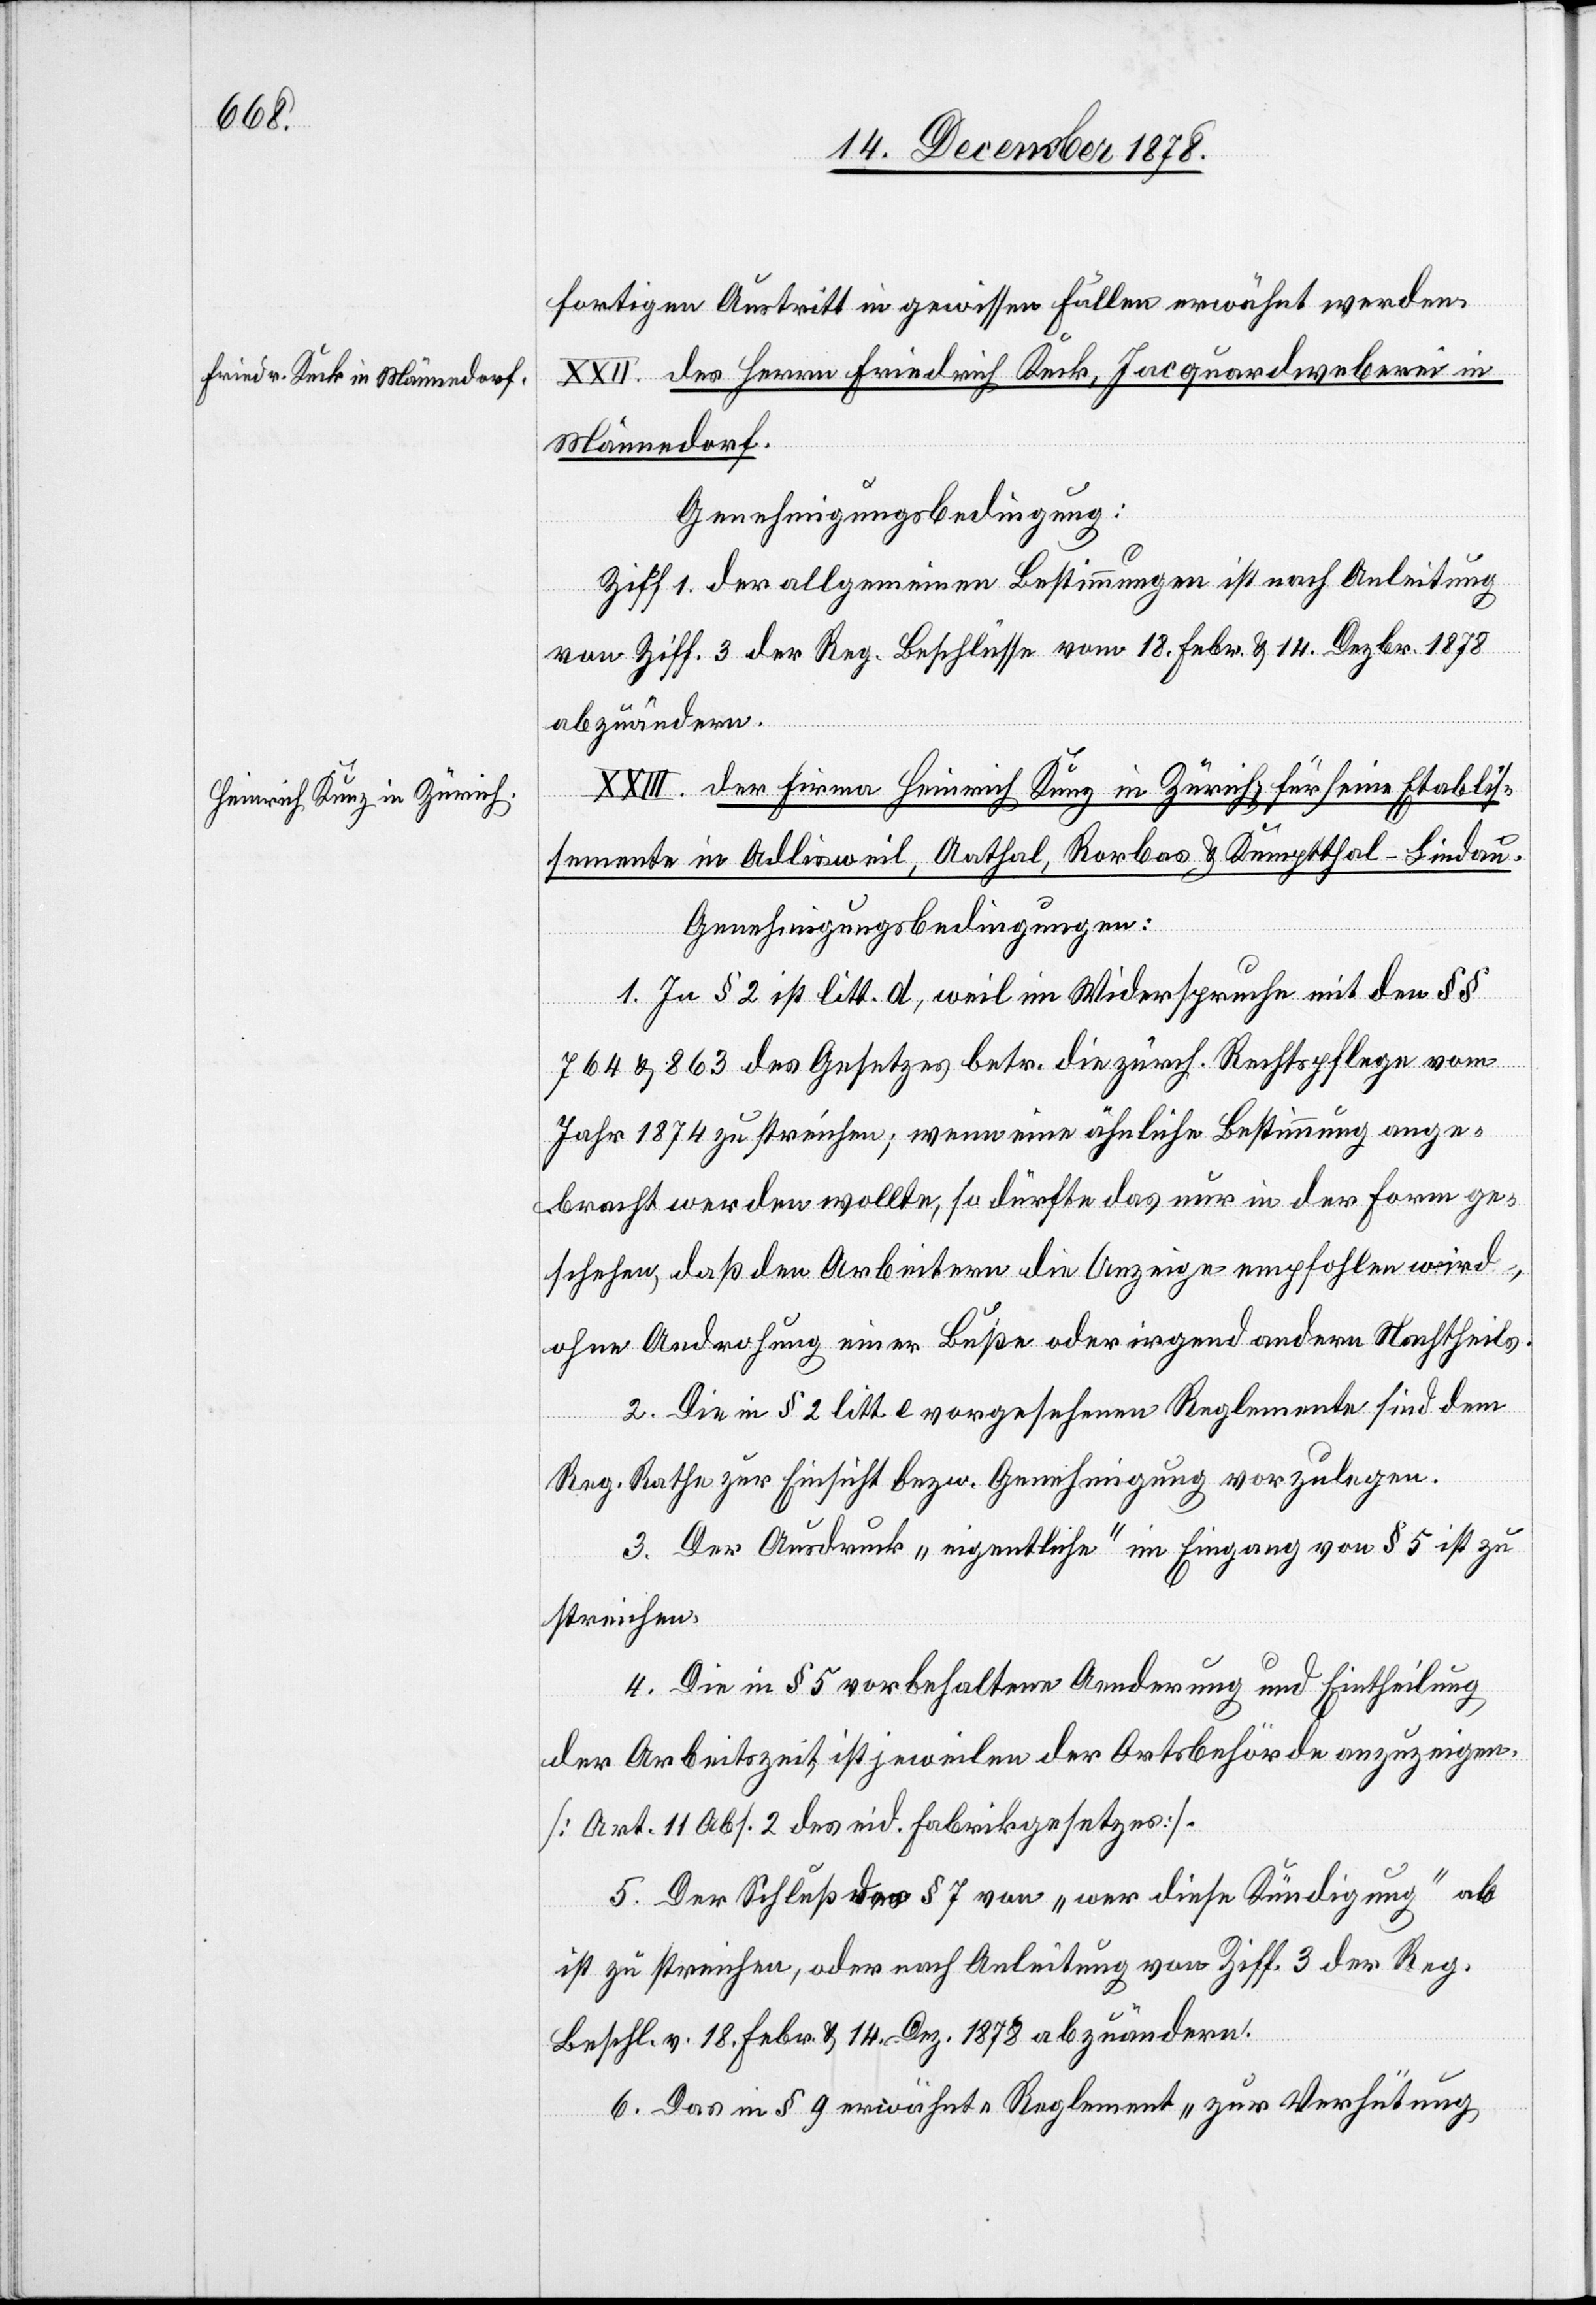
fortigen Austritt in gewissen Fällen erwähnt werden.
XXII. des Herrn Friedrich Keck, Jacquardweberei in
Männedorf.
Genehmigungsbedingung:
Ziff. 1 der allgemeinen Bestimmungen ist nach Anleitung
von Ziff. 3 der Reg. Beschlüsse vom 18. Febr. & 14. Dezbr. 1878
abzuändern.
XXIII. der Firma Heinrich Kunz in Zürich, für seine Etablis¬
semente in Adlisweil, Aathal, Rorbas & Kemptthal - Lindau.
Genehmigungsbedingungen:
1. In § 2 ist litt. d, weil im Widerspruche mit den §§
764 & 863 des Gesetzes betr. die zürch. Rechtspflege vom
Jahr 1874 zu streichen; wenn eine ähnliche Bestimmung ange¬
bracht werden wollte, so dürfte das nur in der Form ge¬
schehen, daß den Arbeitern die Anzeige empfohlen wird,
ohne Androhung einer Buße oder irgend andern Nachtheils.
2. Die in § 2 litt. e vorgesehene Reglemente sind dem
Reg. Rathe zur Einsicht bezw. Genehmigung vorzulegen.
3. Der Ausdruck „eigentliche“ im Eingang von § 5 ist zu
streichen.
4. Die in § 5 vorbehaltene Aenderung und Eintheilung
der Arbeitszeit ist jeweilen der Ortsbehörde anzuzeigen.
[Art. 11 Abs. 2 des eid. Fabrikgesetzes].
5. Der Schluß des § 7 von „wer diese Kündigung“ ab
ist zu streichen, oder nach Anleitung von Ziff. 3 der Reg.
Beschl. v. 18. Febr. & 14. Dez. 1878 abzuändern.
6. Das in § 9 erwähnte Reglement „zur Verhütung